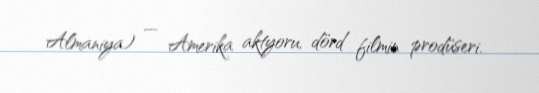
Almaniya) — Amerika aktyoru, dörd filmin prodüseri.